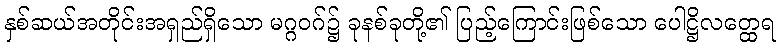
နှစ်ဆယ်အတိုင်းအရှည်ရှိသော မဂ္ဂဝဂ်၌ ခုနစ်ခုတို့၏ ပြည့်ကြောင်းဖြစ်သော ပေါဋ္ဌိလတ္ထေရ